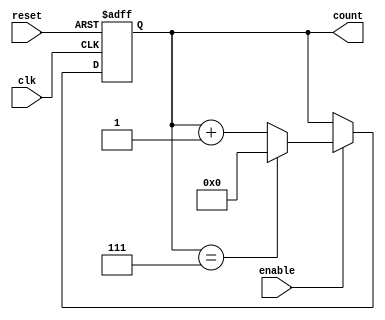
module mod_n_async_counter #(parameter N = 8) (
    input wire clk,          // Clock input
    input wire reset,        // Asynchronous reset input
    input wire enable,       // Enable input
    output reg [N-1:0] count // Counter output
);

// Calculate the number of bits required to represent the counter
localparam WIDTH = $clog2(N);

// Asynchronous reset and counting logic
always @(posedge clk or posedge reset) begin
    if (reset) begin
        count <= 0; // Reset the counter to 0
    end else if (enable) begin
        if (count == (N-1)) begin
            count <= 0; // Reset to 0 when reaching N
        end else begin
            count <= count + 1; // Increment the counter
        end
    end
end

endmodule